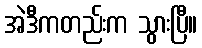
အဲဒီကတည်းက သွားပြီ။